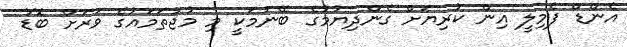
އެންޑް ފެމިލީ އިން ކުރިޔަށް ގެންދިޔުމުގެ ބޭނުމަކީ މި މުޖުތަމައުގެ ވަރަށް ބޮޑު